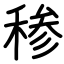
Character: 䅟